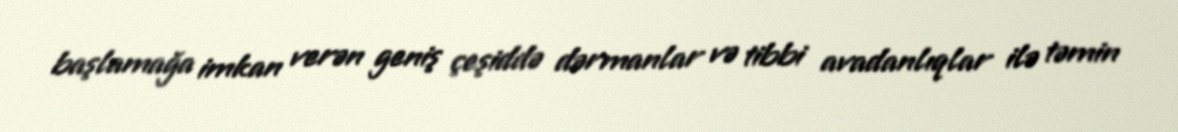
başlamağa imkan verən geniş çeşiddə dərmanlar və tibbi avadanlıqlar ilə təmin